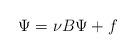
LaTeX: \begin{align*}\Psi= \nu B \Psi+f\end{align*}